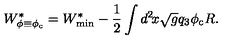
W _ { \phi \equiv \phi _ { \mathrm { c } } } ^ { * } = W _ { \mathrm { m i n } } ^ { * } - \frac { 1 } { 2 } \int d ^ { 2 } \! x \sqrt { g } q _ { 3 } \phi _ { \mathrm { c } } R .